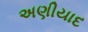
અણીયાદ